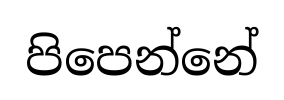
පිපෙන්නේ